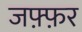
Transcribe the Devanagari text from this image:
जफ़्फ़र